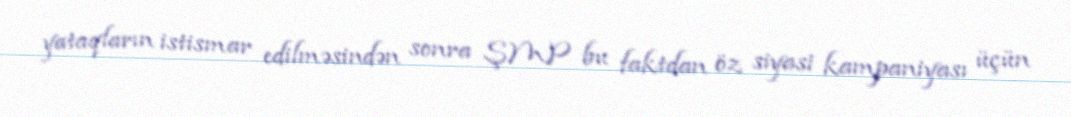
yataqların istismar edilməsindən sonra ŞMP bu faktdan öz siyasi kampaniyası üçün